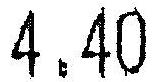
4.40